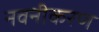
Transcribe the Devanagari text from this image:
नवनीकरण